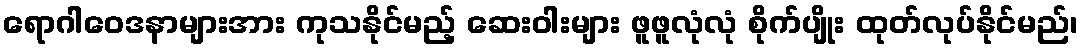
ရောဂါဝေဒနာများအား ကုသနိုင်မည့် ဆေးဝါးများ ဖူဖူလုံလုံ စိုက်ပျိုး ထုတ်လုပ်နိုင်မည်၊